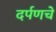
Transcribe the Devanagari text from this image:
दर्पणचे